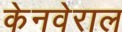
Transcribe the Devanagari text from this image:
केनवेराल